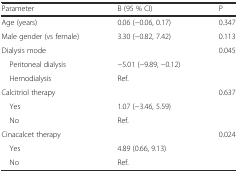
<table><thead><tr><td><b>Parameter</b></td><td><b>Β (95 % CI)</b></td><td><b>P</b></td></tr></thead><tbody><tr><td>Age (years)</td><td>0.06 (−0.06, 0.17)</td><td>0.347</td></tr><tr><td>Male gender (vs female)</td><td>3.30 (−0.82, 7.42)</td><td>0.113</td></tr><tr><td>Dialysis mode</td><td></td><td>0.045</td></tr><tr><td> Peritoneal dialysis</td><td>−5.01 (−9.89, −0.12)</td><td></td></tr><tr><td> Hemodialysis</td><td>Ref.</td><td></td></tr><tr><td>Calcitriol therapy</td><td></td><td>0.637</td></tr><tr><td> Yes</td><td>1.07 (−3.46, 5.59)</td><td></td></tr><tr><td> No</td><td>Ref.</td><td></td></tr><tr><td>Cinacalcet therapy</td><td></td><td>0.024</td></tr><tr><td> Yes</td><td>4.89 (0.66, 9.13)</td><td></td></tr><tr><td> No</td><td>Ref.</td><td></td></tr></tbody></table>